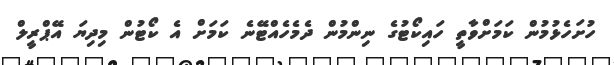
ހުށަހެޅުމުން ކަމަށްވާތީ ހައިކޯޓުގެ ނިންމުން ދެމެހެއްޓޭނެ ކަމަށް އެ ކޯޓުން މިދިޔަ އޭޕްރީލް